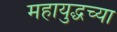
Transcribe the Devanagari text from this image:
महायुद्धच्या